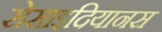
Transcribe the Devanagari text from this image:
सेसाइदियानस